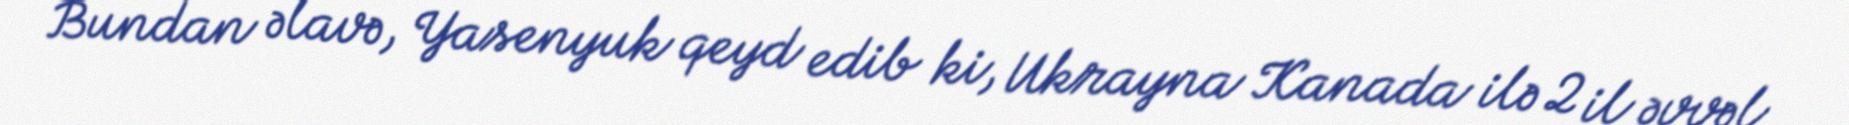
Bundan əlavə, Yasenyuk qeyd edib ki, Ukrayna Kanada ilə 2 il əvvəl